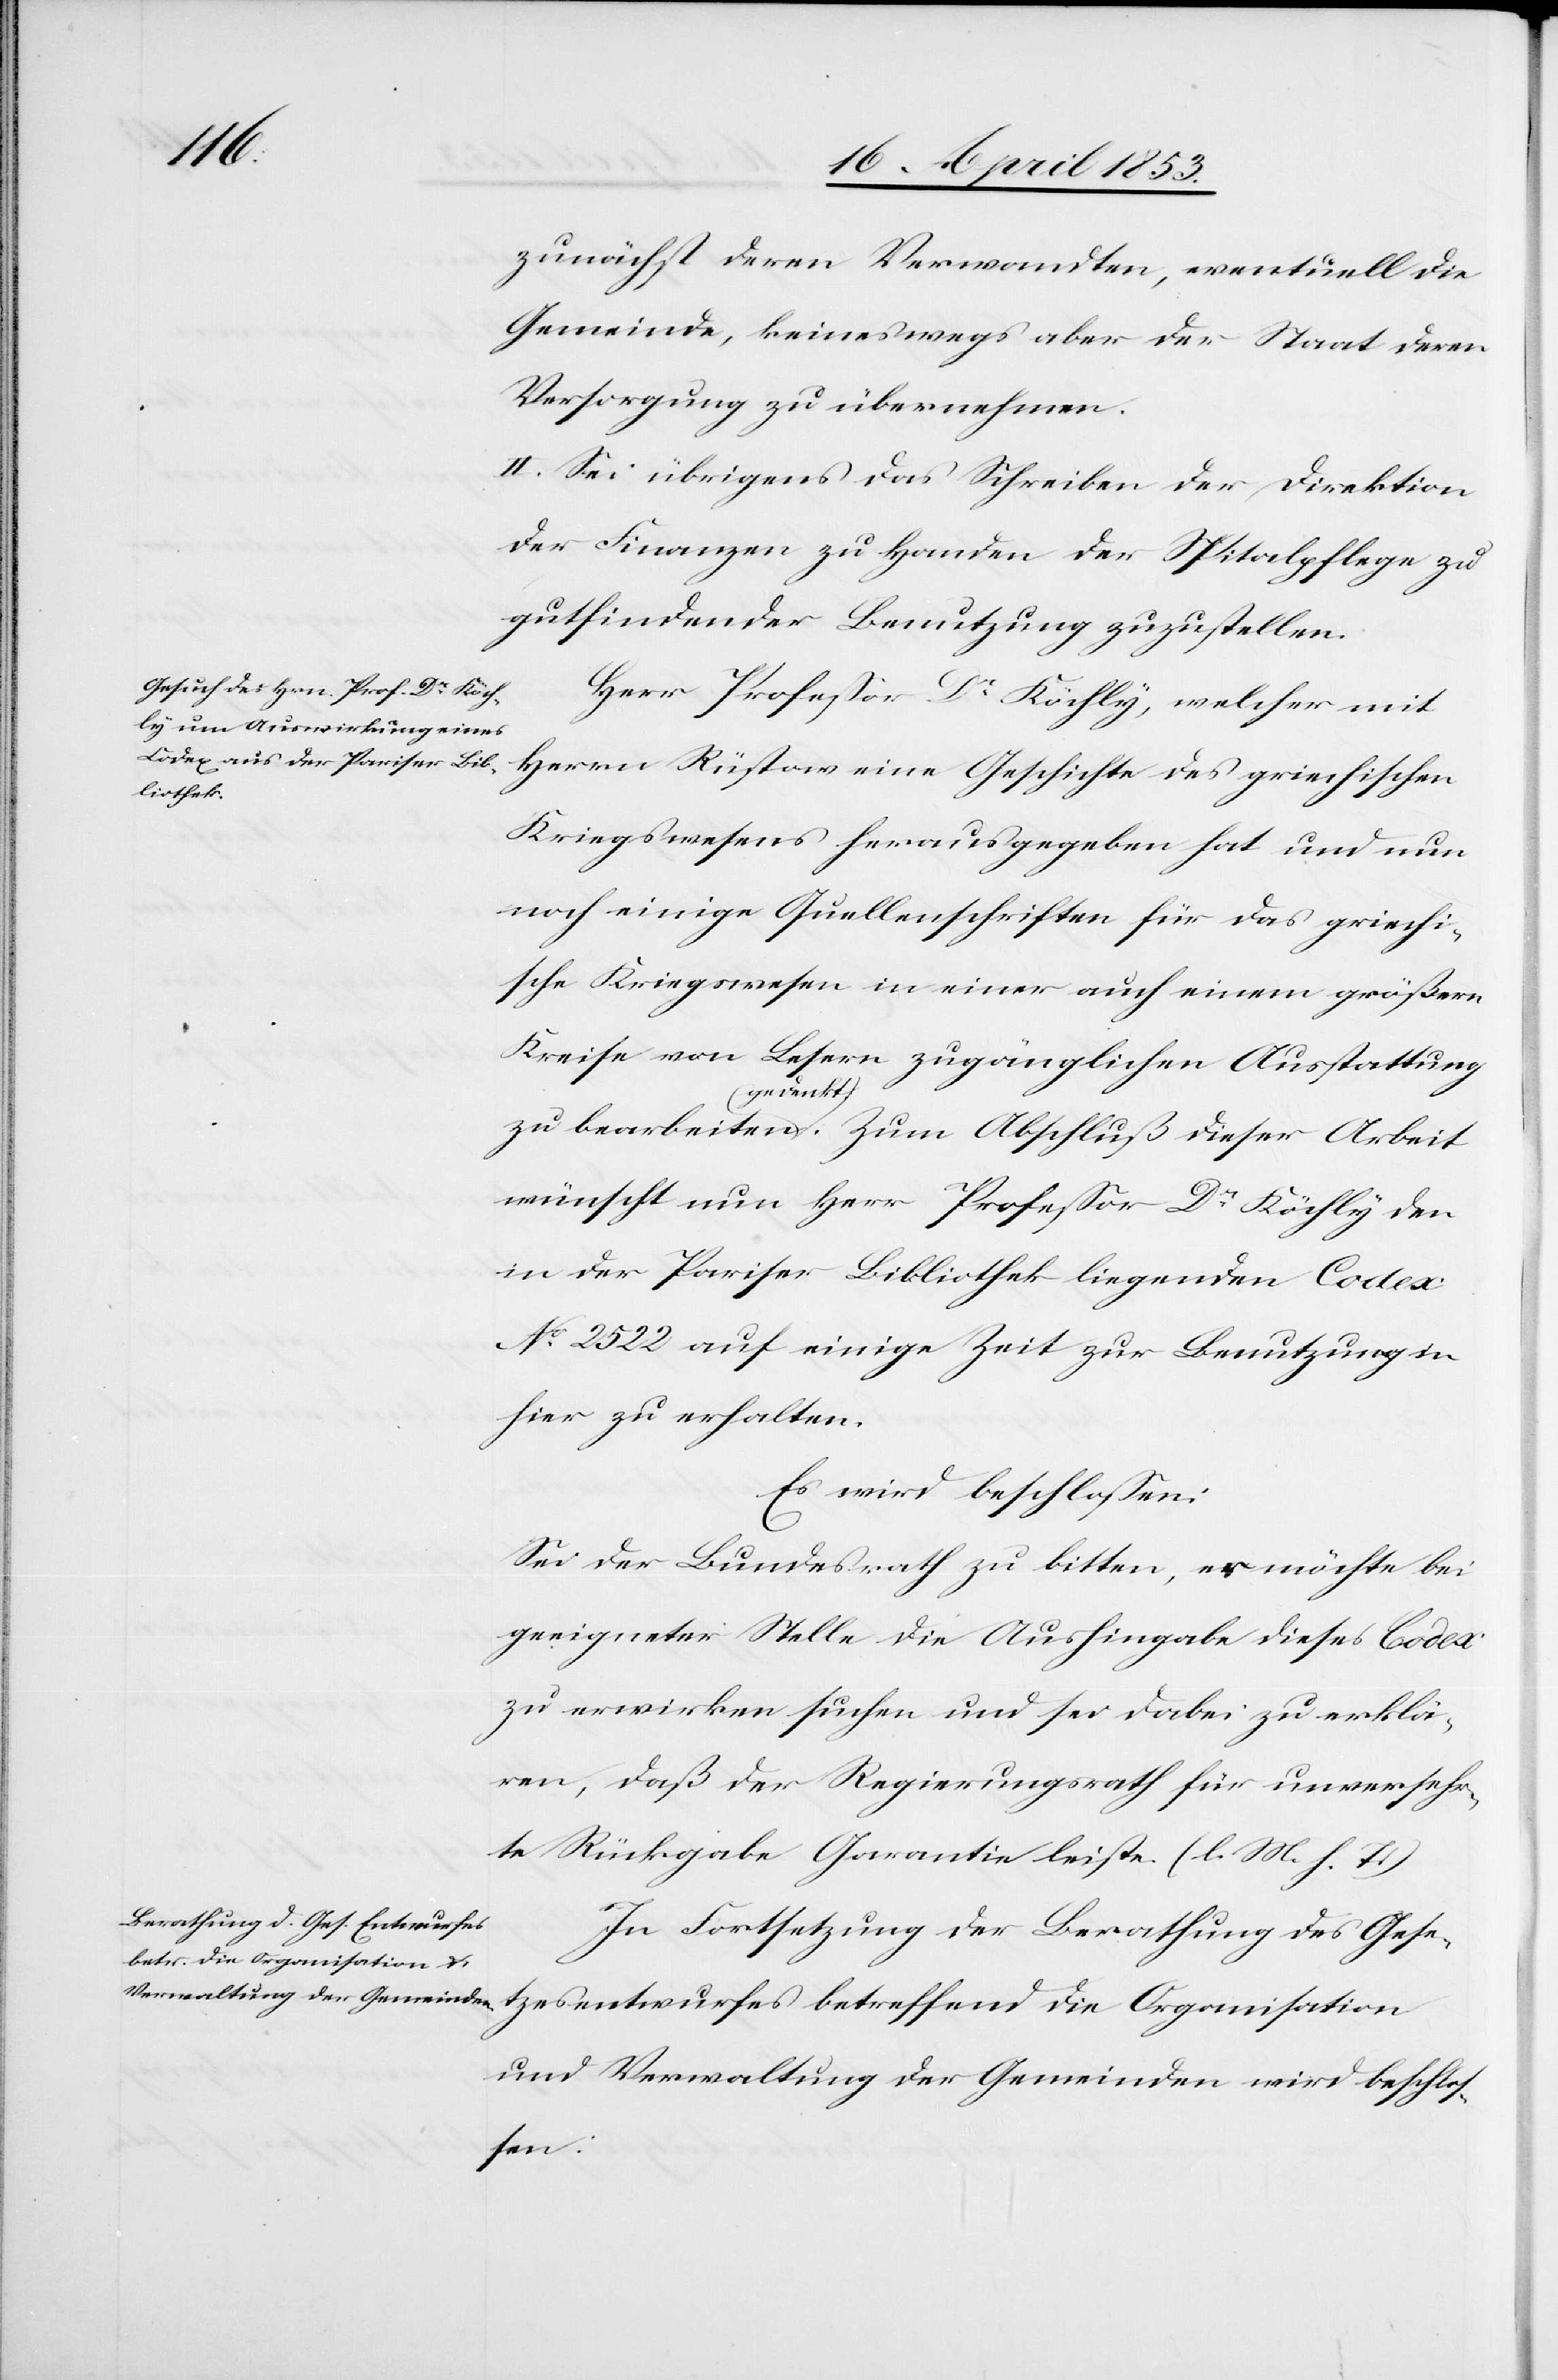
zunächst deren Verwandten, eventuell die
Gemeinde, keineswegs aber der Staat deren
Versorgung zu übernehmen.
II. Sei übrigens das Schreiben der Direktion
der Finanzen zu Handen der Spitalpflege zu
gutfindender Benutzung zuzustellen.
Herr Profeßor Dr. Köchly, welcher mit
Herrn Rüstaw eine Geschichte des griechischen
Kriegswesens herausgegeben hat und nun
noch einige Quellenschriften für das griechi¬
sche Kriegswesen in einer auch einem größern
Kreise von Lesern zugänglichen Ausstattung
zu bearbeiten (gedenkt). Zum Abschluß dieser Arbeit
wünscht nun Herr Profeßor Dr. Köchly den
in der Pariser-Bibliothek liegenden Codex
N°. 2522 auf einige Zeit zur Benutzung in
hier zu erhalten.
Es wird beschloßen:
Sei der Bundesrath zu bitten, er möchte bei
geeigneter Stelle die Aushingabe dieses Codex
zu erwirken suchen und sei dabei zu erklä¬
ren, daß der Regierungsrath für unversehr¬
te Rückgabe Garantie leiste. [l. M. h. T]
In Fortsetzung der Berathung des Gese¬
tzesentwurfes betreffend die Organisation
und Verwaltung der Gemeinden wird beschlo¬
ßen: